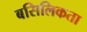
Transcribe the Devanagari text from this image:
बसिलिकता